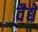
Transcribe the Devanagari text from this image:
वैद्ये